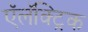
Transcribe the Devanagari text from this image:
ऍलॅक्ट्रिक